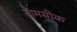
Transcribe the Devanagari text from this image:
तामसीक